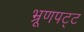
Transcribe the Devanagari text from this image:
भ्रूणपट्ट